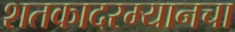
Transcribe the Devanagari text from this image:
शतकादरम्यानचा